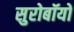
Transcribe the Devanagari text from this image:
सुरोबॉयो